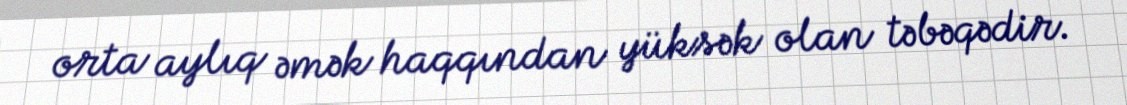
orta aylıq əmək haqqından yüksək olan təbəqədir.